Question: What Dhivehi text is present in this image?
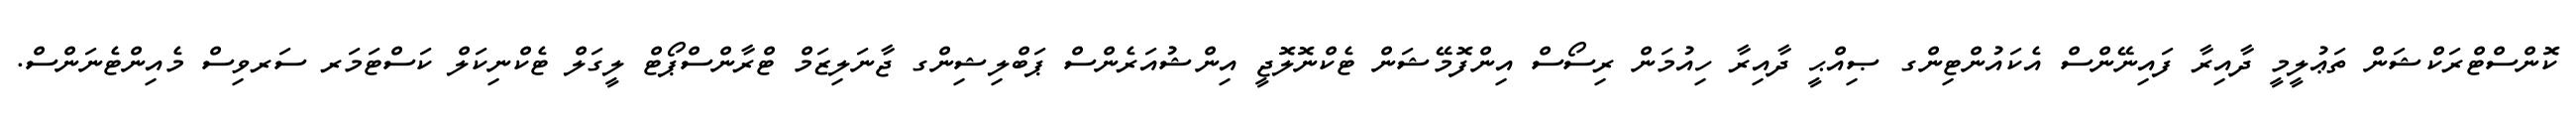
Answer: ކޮންސްޓްރަކްޝަން ތަޢުލީމީ ދާއިރާ ފައިނޭންސް އެކައުންޓިންގ ޞިއްޙީ ދާއިރާ ހިއުމަން ރިސޯސް އިންފޮމޭޝަން ޓެކްނޮލޮޖީ އިންޝުއަރެންސް ޕަބްލިޝިންގ ޖާނަލިޒަމް ޓްރާންސްޕޯޓް ލީގަލް ޓެކްނިކަލް ކަސްޓަމަރ ސަރވިސް މެއިންޓެނަންސް.